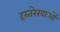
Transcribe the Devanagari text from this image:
हस्तरेखाओं